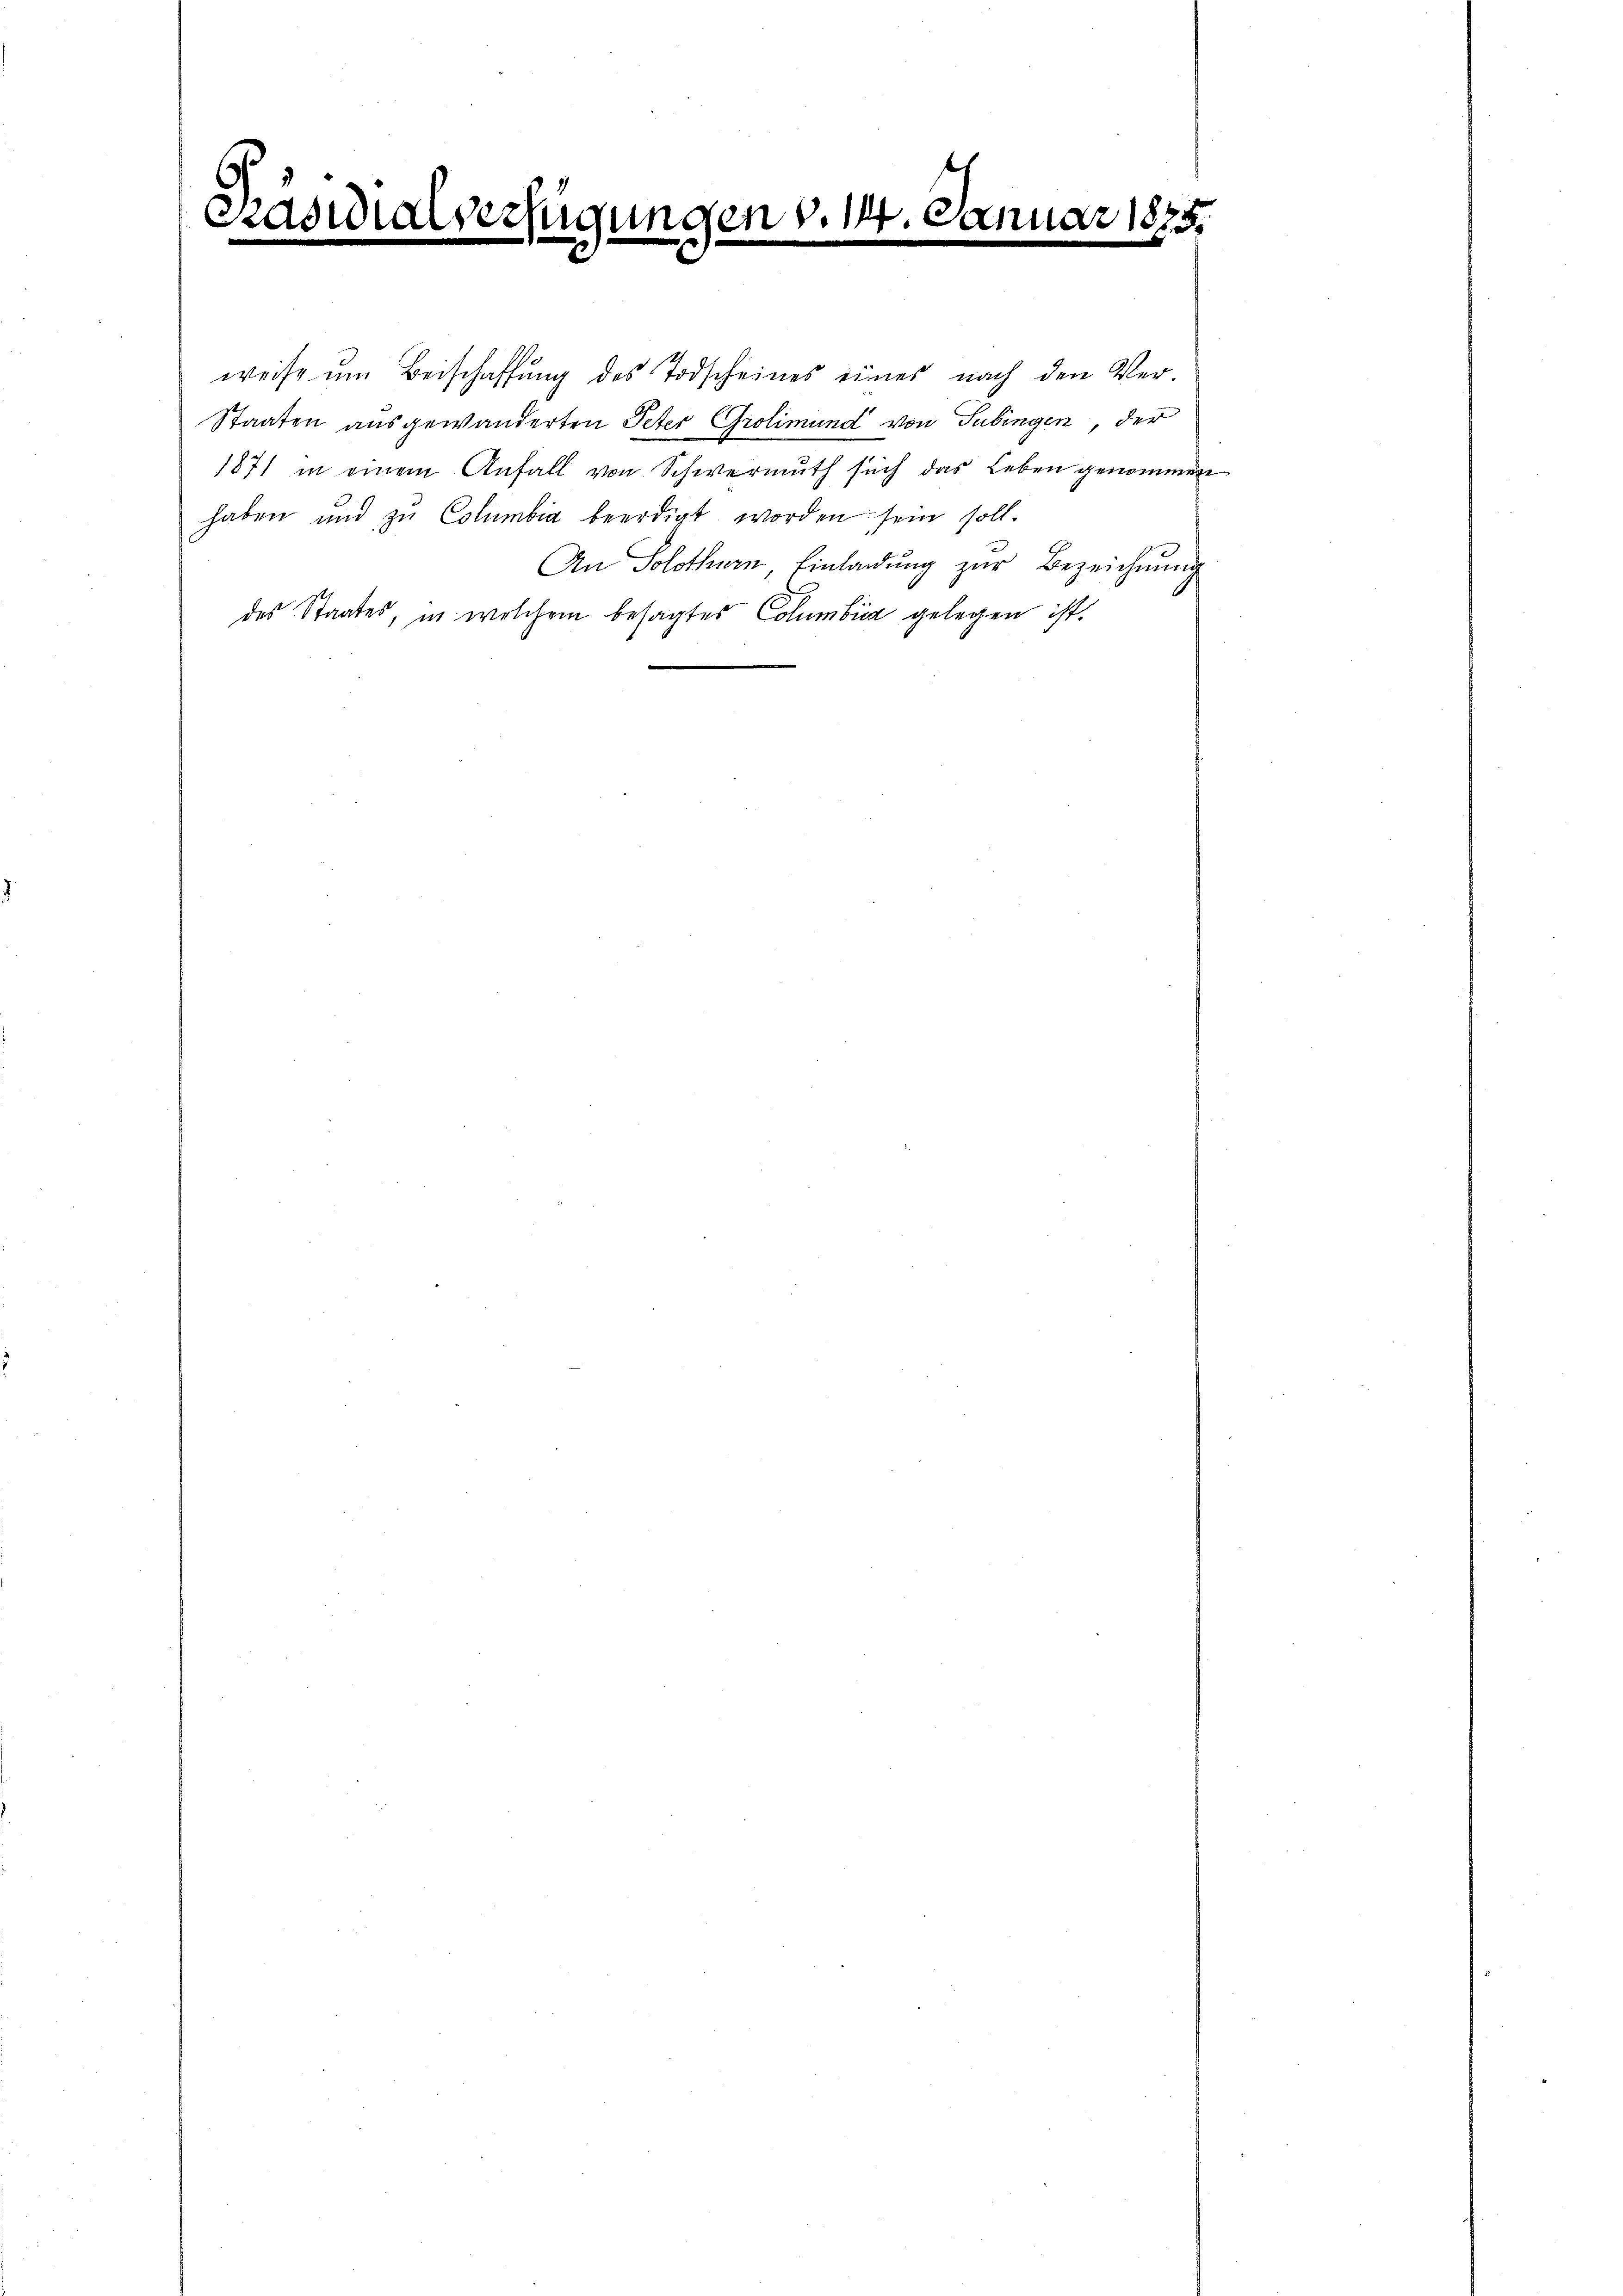
verfügungen v. 14. Januar 1875.
Praswir
e
.
.

weise ŭm Beischaffŭng des Todscheines eines nach den Ver-
Staaten ausgewanderten Peter Grolimund von Tübingen, der
1871 in einem Anfall von Schwermuth such das Leben genommen
haben und zu Columbia beerdigt worden sein soll.
An Solothurn Einladung zur Bezeichnung
des Staates, in welchem besagtes Columbicz gelegen ist.